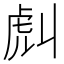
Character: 𧆢